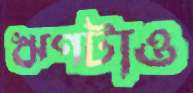
ঋণটাও